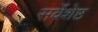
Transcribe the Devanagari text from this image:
सर्वेशेष्ठ